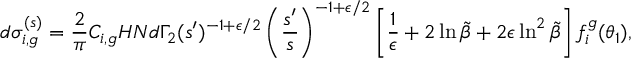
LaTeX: d \sigma _ { i , g } ^ { ( s ) } = \frac { 2 } { \pi } C _ { i , g } H N d \Gamma _ { 2 } ( s ^ { \prime } ) ^ { - 1 + \epsilon / 2 } \left( \frac { s ^ { \prime } } { s } \right) ^ { - 1 + \epsilon / 2 } \left[ \frac { 1 } { \epsilon } + 2 \ln \tilde { \beta } + 2 \epsilon \ln ^ { 2 } \tilde { \beta } \right] f _ { i } ^ { g } ( \theta _ { 1 } ) ,